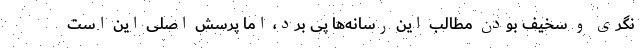
نگری و سخیف بودن مطالب این رسانه‌ها پی برد، اما پرسش اصلی این است